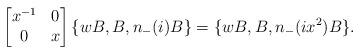
LaTeX: \begin{align*}\begin{bmatrix}x^{-1} & 0 \\ 0 & x \end{bmatrix} \{wB,B, n_{-}(i)B\} = \{wB,B,n_{-}(i x^2)B\}.\end{align*}